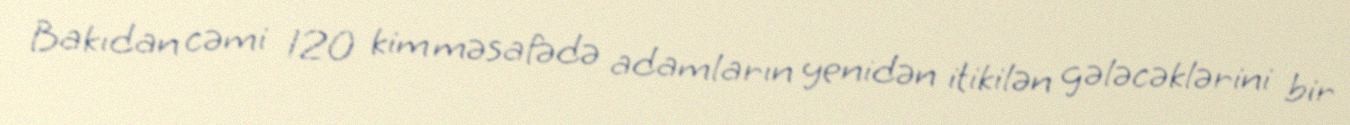
Bakıdan cəmi 120 kim məsafədə adamların yenidən itikilən gələcəklərini bir